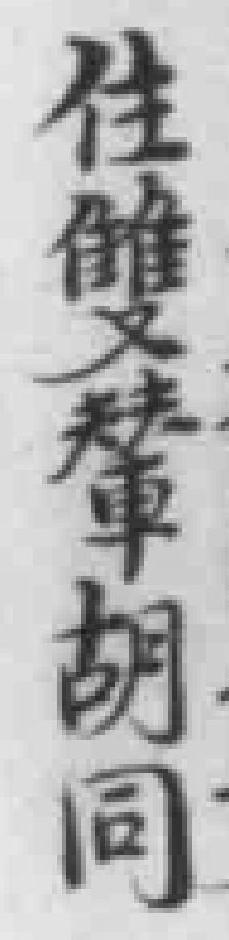
住雙輦胡同